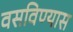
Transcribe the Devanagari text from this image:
वसविण्यास